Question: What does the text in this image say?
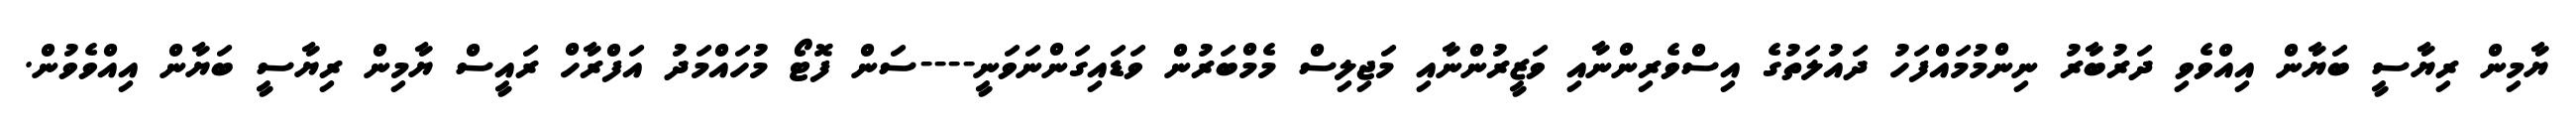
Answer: ޔާމިން ރިޔާސީ ބަޔާން އިއްވެވި ދަރުބާރު ނިންމުމައްފަހު ދައުލަތުގެ އިސްވެރިންނާއި ވަޒީރުންނާއި މަޖިލިސް މެމްބަރުން ވަޑައިގަންނަވަނީ----ސަން ފޮޓޯ މުހައްމަދު އަފްރާހް ރައީސް ޔާމިން ރިޔާސީ ބަޔާން އިއްވެވުން.